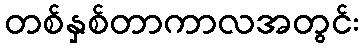
တစ်နှစ်တာကာလအတွင်း